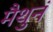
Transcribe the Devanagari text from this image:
मैथुनं